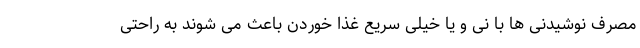
مصرف نوشیدنی ها با نی و یا خیلی سریع غذا خوردن باعث می شوند به راحتی